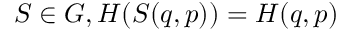
S \in G , H ( S ( q , p ) ) = H ( q , p )